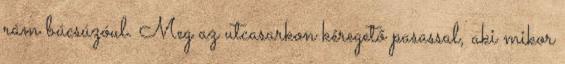
rám búcsúzóul. Meg az utcasarkon kéregető pasassal, aki mikor